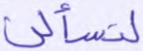
لتسألن